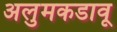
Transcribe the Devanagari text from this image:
अलुमकडावू